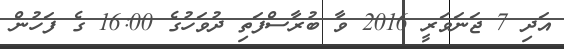
އަދި 7 ޖަނަވަރީ 2016 ވާ ބުރާސްފަތި ދުވަހުގެ 16:00 ގެ ފަހުން